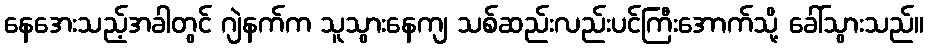
နေအေးသည့်အခါတွင် ဂျဲနက်က သူသွားနေကျ သစ်ဆည်းလည်းပင်ကြီးအောက်သို့ ခေါ်သွားသည်။